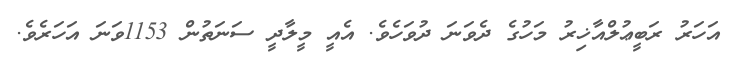
އަހަރު ރަބީޢުލްއާޚިރު މަހުގެ ދެވަނަ ދުވަހެވެ. އެއީ މީލާދީ ސަނަތުން 1153ވަނަ އަހަރެވެ.